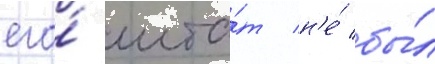
его́ шта́т н'е́ бы́л